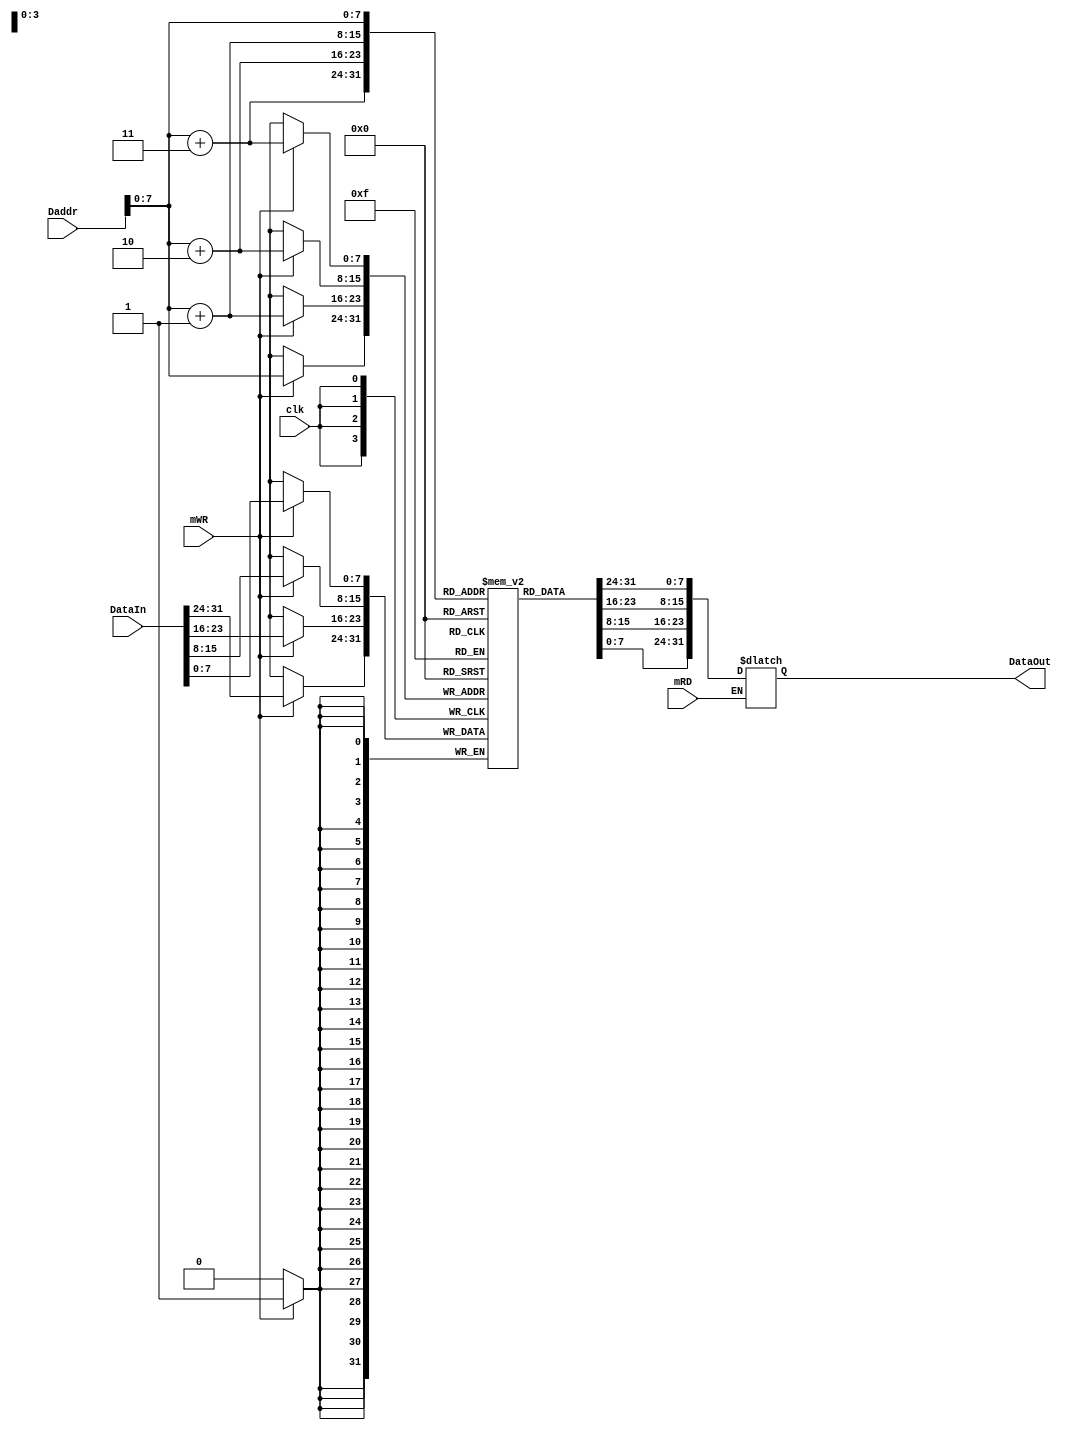
`timescale 1ns / 1ps
//////////////////////////////////////////////////////////////////////////////////
// Company: 
// Engineer: 
// 
// Design Name: 
// Module Name: Datamem
// Project Name: 
// Target Devices: 
// Tool Versions: 
// Description: 
// 
// Dependencies: 
// 
// Revision:
// Revision 0.01 - File Created
// Additional Comments:
// 
//////////////////////////////////////////////////////////////////////////////////


module Datamem(Daddr,clk,mRD,mWR,DataIn,DataOut);
    input [31:0] Daddr;
    input clk;
    input mRD;
    input mWR;
    input [31:0] DataIn;
    output reg [31:0] DataOut;
    reg [7:0] Datamemory [255:0];
    always @(mRD or Daddr) begin
        if(mRD)begin
            DataOut[7:0] <= Datamemory[Daddr+3];
            DataOut[15:8] <= Datamemory[Daddr+2];
            DataOut[23:16] <= Datamemory[Daddr+1];
            DataOut[31:24] <= Datamemory[Daddr]; 
        end
    end
    always @(negedge clk) begin
        if(mWR)begin
            Datamemory[Daddr+3] <= DataIn[7:0];
            Datamemory[Daddr+2] <= DataIn[15:8];
            Datamemory[Daddr+1] <= DataIn[23:16];
            Datamemory[Daddr] <= DataIn[31:24];
        end
    end 
endmodule